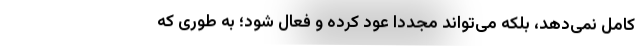
کامل نمی‌دهد، بلکه می‌تواند مجددا عود کرده و فعال شود؛ به طوری که